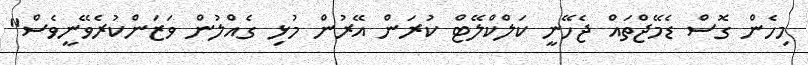
މިހެން ގޮސް ޑެމޭޖްތައް ޖެހޭނީ ކަލްކްލޭޓް ކުރަން އޭރުން މުޅި ގެއްލުން ވަޒަންކުރެވޭނީވެސް"